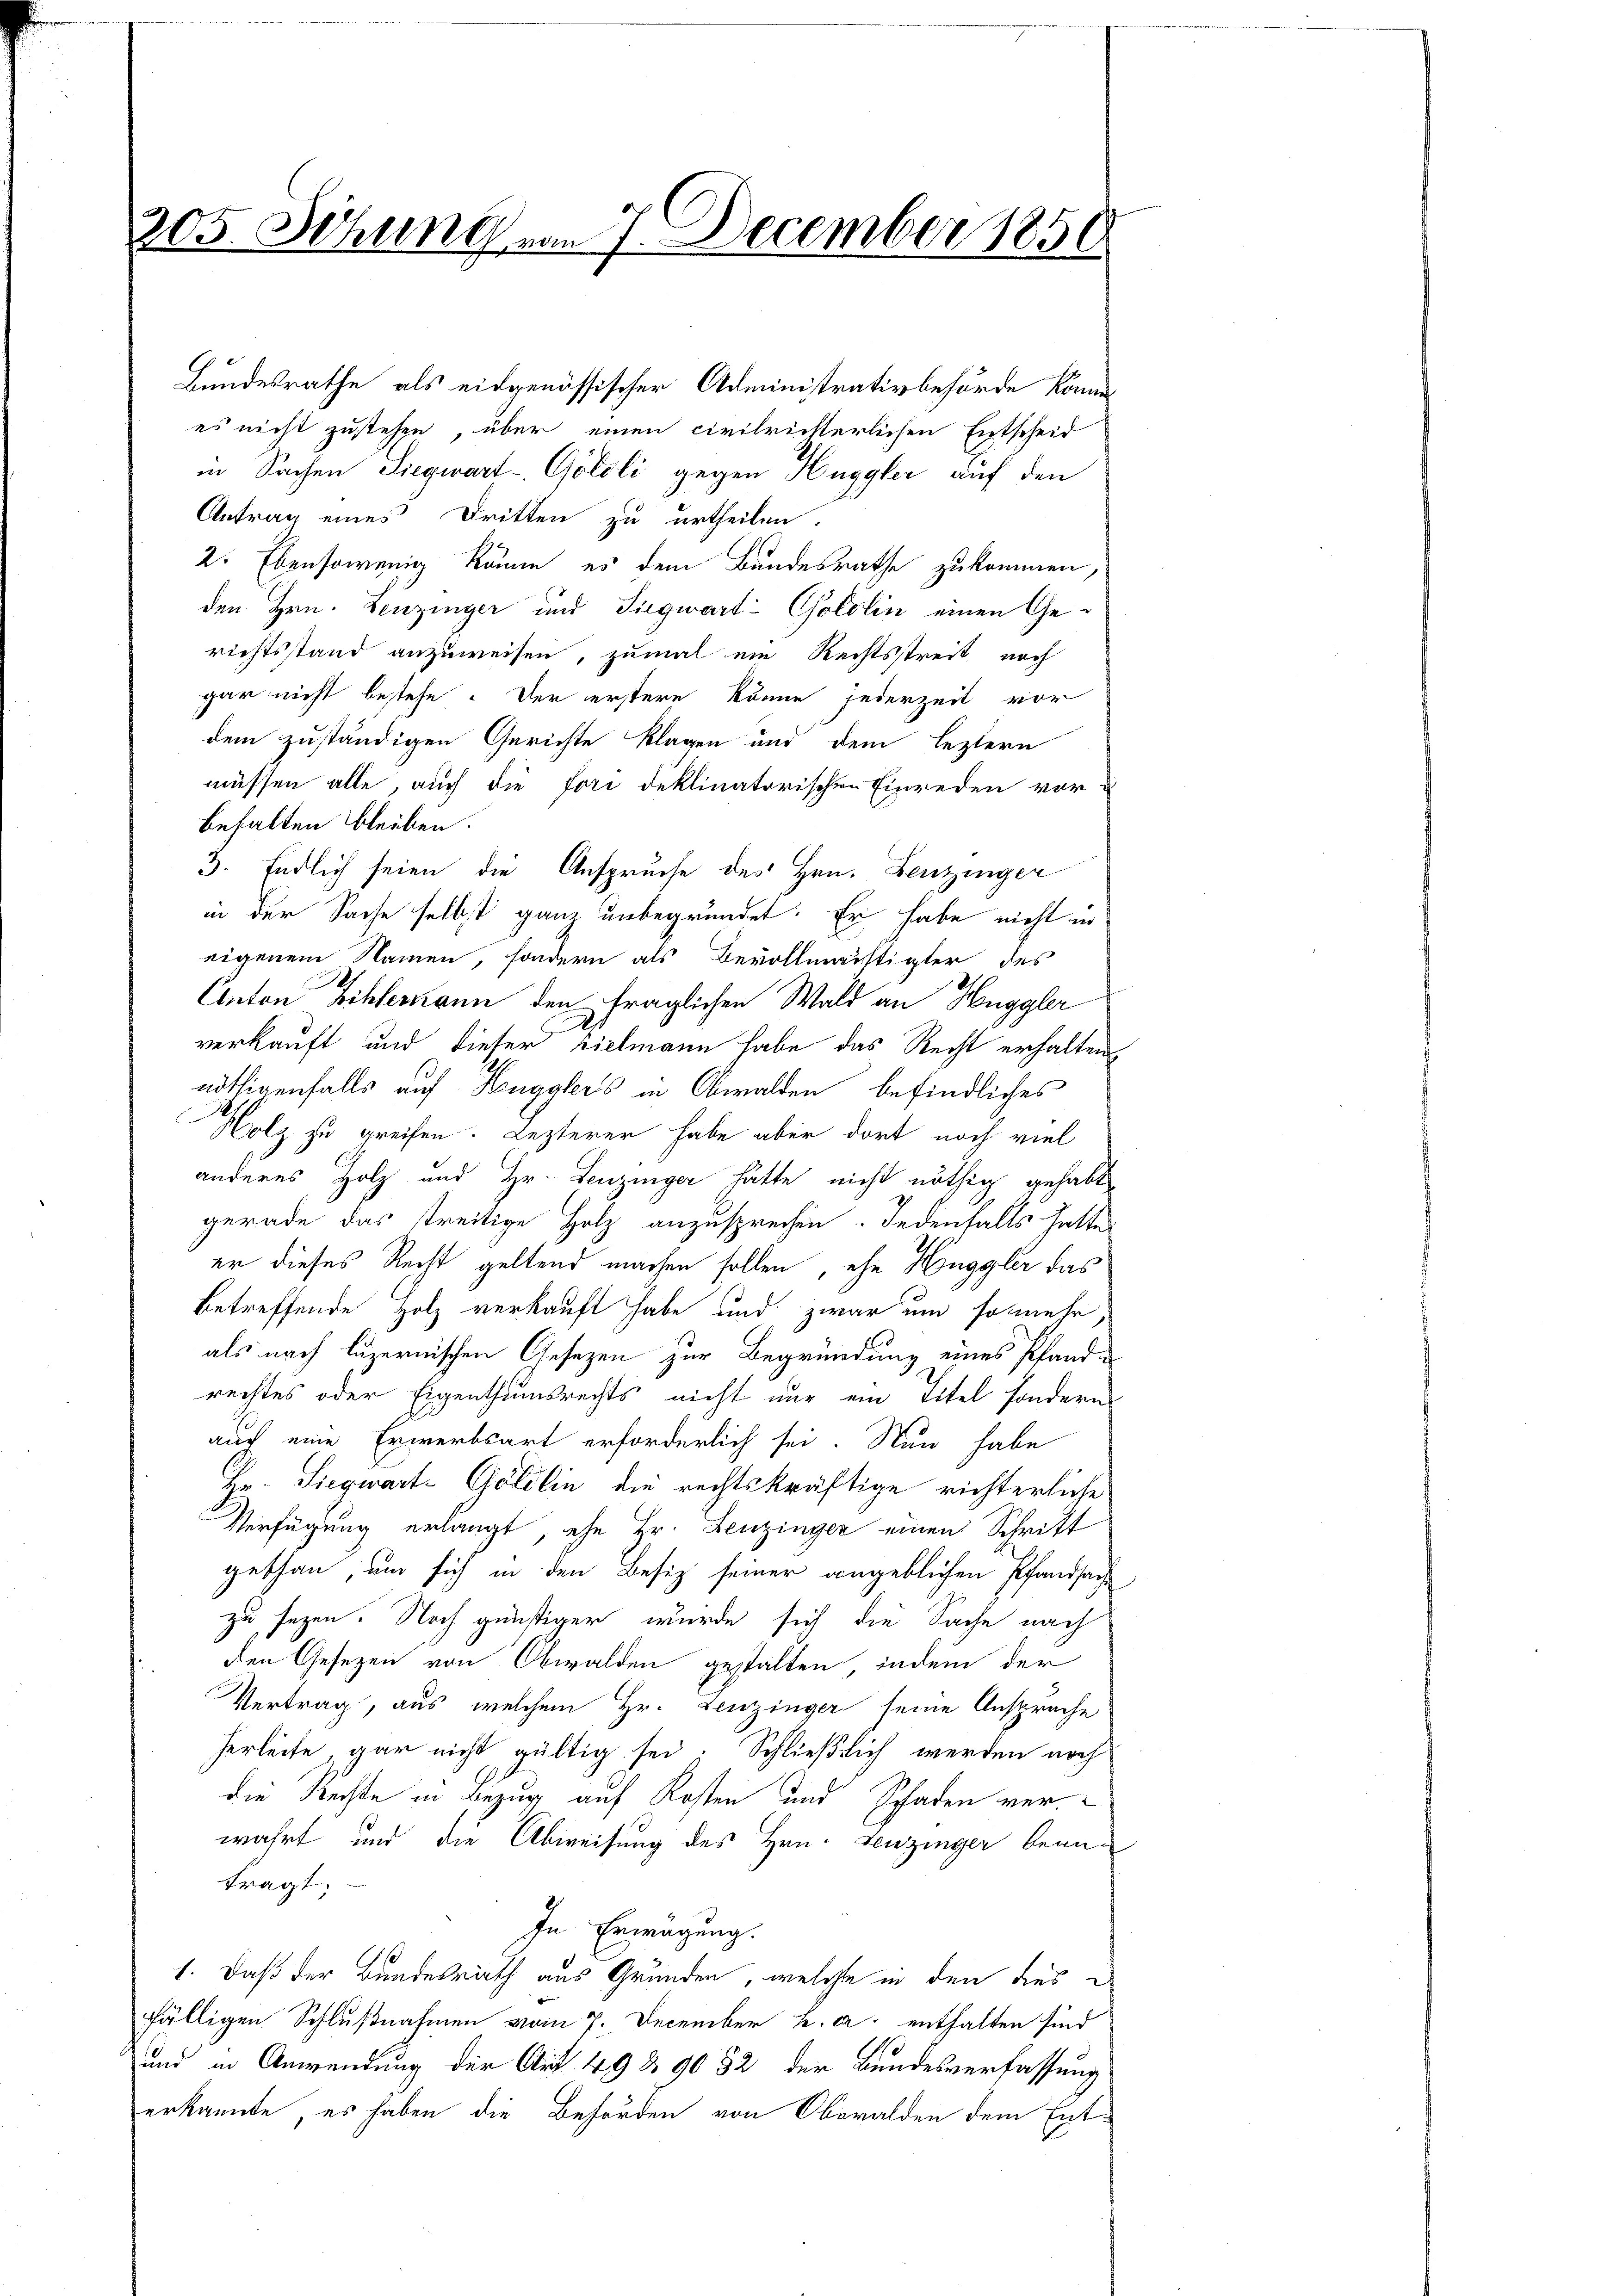
205. Sitzung von 7. December 1856

Bundesrathe als eidgenössischer Administrativbehörde komme

es nicht zustehen, über einen civilrichterlichen Entscheid
in Sachen Siegwart-Göteli gegen Huggler auf den
Antrag eines Dritten zu urtheilen.
2. Ebensowenig könne, es dem Bundesrathe zukommen
den Hrn. Lenzinger und Siegwart-Goldlin einen Gerichtsstand anzuweisen, zumal ein Rechtsstreit noch
gar nicht bestehe. Der erstere könne jederzeit vor
dem zuständigen Gerichte Klagen und dem leztern
müssen alle, auch die fori deklinatorischen Einreden vor-
behalten bleiben.
3. Endlich seien die Anspruche des Hrn. Benzinger
in der Sache selbst ganz unbegründet. Er habe nicht in
eigenem Namen, sondern als Bevollmächtigter des
Anton Bihlemann den fraglichen Wald an Huggler
verkauft und dieser Zielmann habe das Recht erhalten
nöthigenfalls auf Hugglers in Obwalden befindliches
Holz zu greifen. Lezterer habe aber dort noch viel
anderes Holz und Hr. Lenzinger hätte nicht nöthig gehabt
gerade das treitige Holz anzusprechen. Jedenfalls hatte
er dieses Recht geltend machen sollen, ehe Hönggler das
betreffende Holz verkauft habe und zwar um so mehr,
als nach luzernischen Gesezen zur Begründung eines Pfand u
rechtes oder Eigenthumsrechts nicht nur ein Titel sondern
auch eine Erwerbsart erforderlich sei. Nun habe
Hr. Siegwart-Göldlin die rechtskräftige richterliche
Verfügung erlangt, ehe Hr. Leuzinger einen Schrift
gethan, um sich in den Besiz seiner angeblichen Pfandsach
zu seyen. Noch günstiger wurde sich die Sache nach
den Gesezen von Obwalden gestalten, indem der
Vertrag, aus, welchem Hr. Leuzinger seine Anspruche
herleite gar nicht gültig sei: Schließlich werden noch
die Rechte in Bezug auf Kosten und Schaden verwahrt und die Abweisung des Hrn. Leuzinger beanfragt:
In Erwägung.
1. Daß der Bundesrath aus Grunden, welche in den dies
fälligen Schlußnahmen vom 7. December u. a. enthalten sind
und in Anwendung der Art. 49 § 9032 der Bundesverfassung
erkannte, es haben die Behörden von Oberalden dem Ent¬